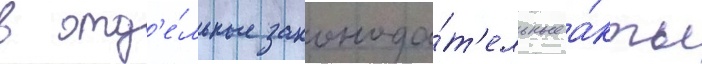
в отд'е́льные законода́т'ельные а́кты